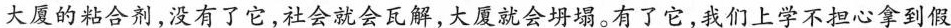
大厦的粘合剂，没有了它，社会就会瓦解，大厦就会坍塌。有了它，我们上学不担心拿到假